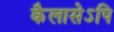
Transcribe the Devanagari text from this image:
कैलासेऽपि